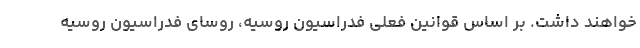
خواهند داشت. بر اساس قوانین فعلی فدراسیون روسیه، روسای فدراسیون روسیه